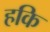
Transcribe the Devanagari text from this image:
हकि